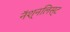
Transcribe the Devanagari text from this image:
नॅश्नलिस्ट